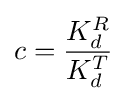
c={\frac {K_{d}^{R}}{K_{d}^{T}}}